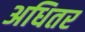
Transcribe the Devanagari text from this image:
अधितर